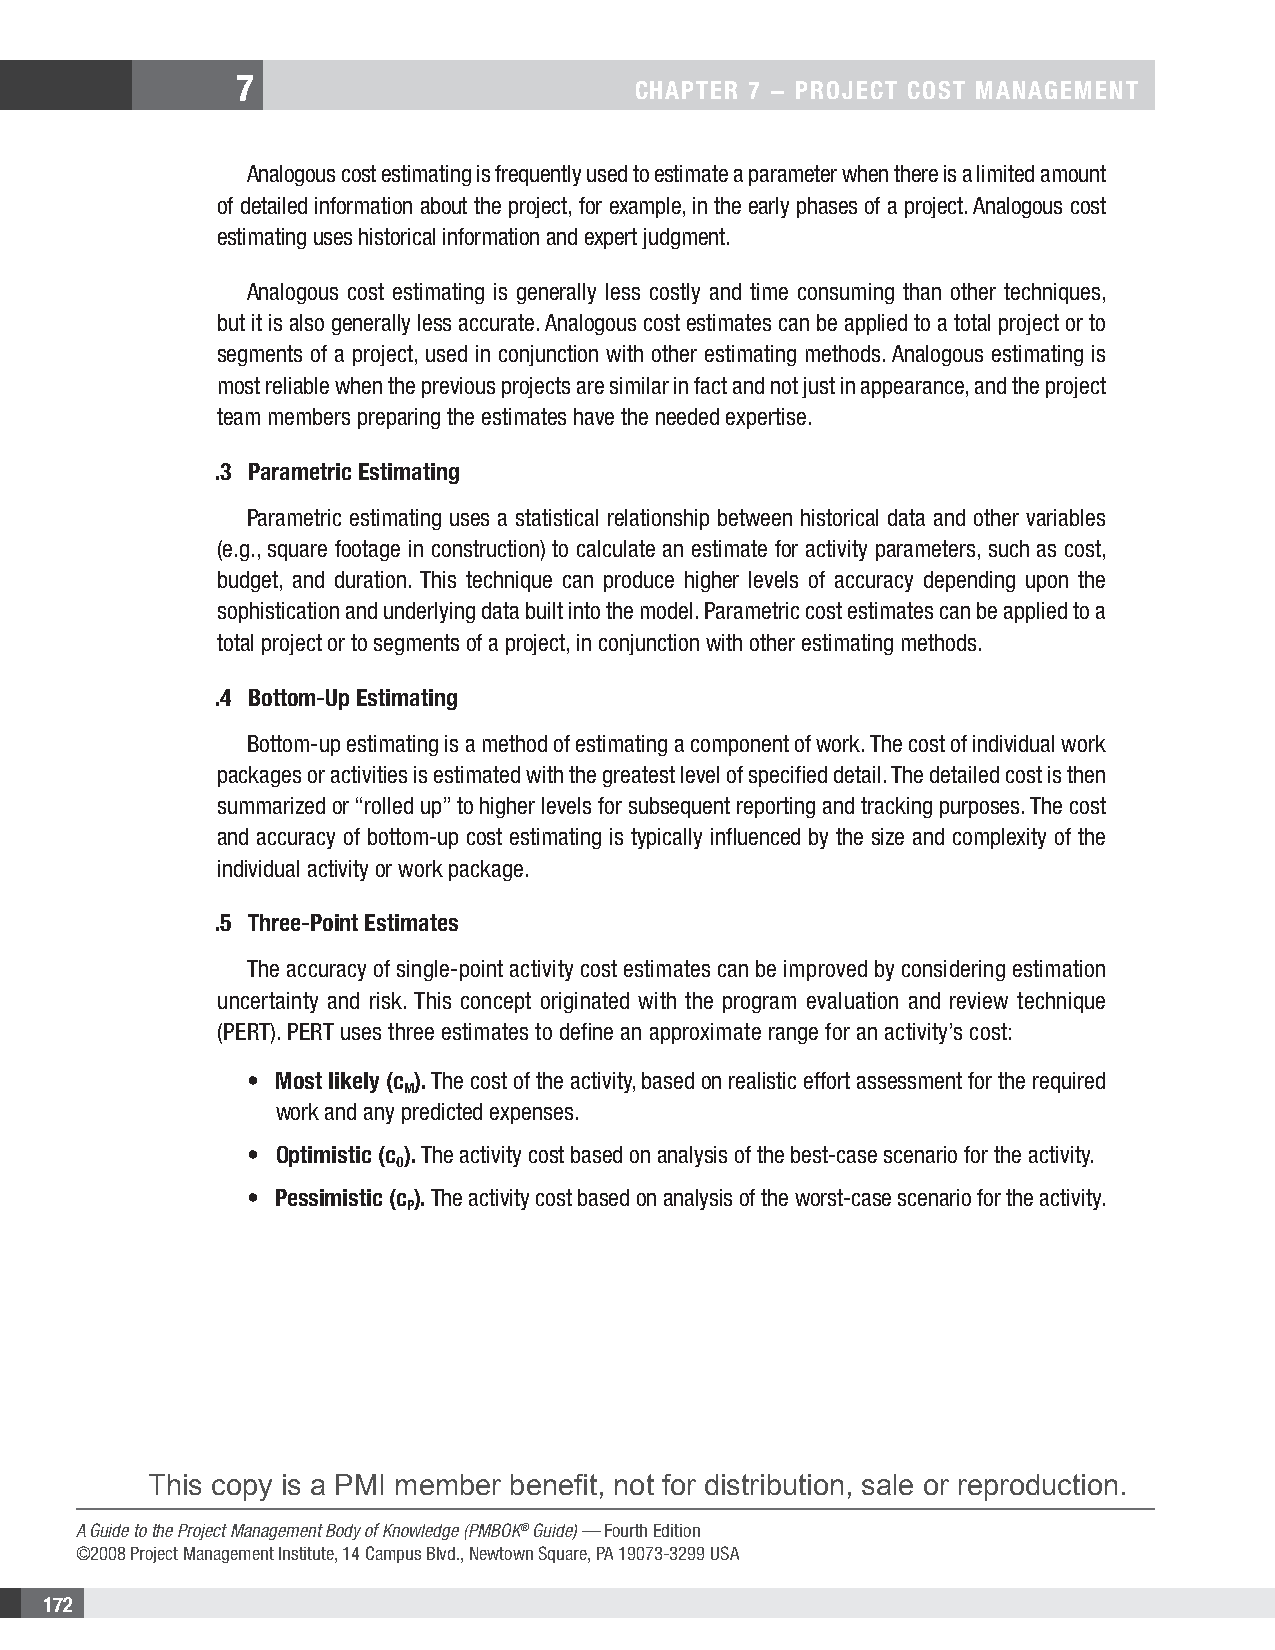
7
 CHAPTER 7 − PROjECT COsT MAnAgEMEnT
 Analogous cost estimating is frequently used to estimate a parameter when there is a limited amount
 of detailed information about the project, for example, in the early phases of a project. Analogous cost
 estimating uses historical information and expert judgment.
 Analogous cost estimating is generally less costly and time consuming than other techniques,
 but it is also generally less accurate. Analogous cost estimates can be applied to a total project or to
 segments of a project, used in conjunction with other estimating methods. Analogous estimating is
 most reliable when the previous projects are similar in fact and not just in appearance, and the project
 team members preparing the estimates have the needed expertise.
 .3 Parametric Estimating
 Parametric estimating uses a statistical relationship between historical data and other variables
 (e.g., square footage in construction) to calculate an estimate for activity parameters, such as cost,
 budget, and duration. This technique can produce higher levels of accuracy depending upon the
 sophistication and underlying data built into the model. Parametric cost estimates can be applied to a
 total project or to segments of a project, in conjunction with other estimating methods.
 .4 Bottom-Up Estimating
 Bottom-up estimating is a method of estimating a component of work. The cost of individual work
 packages or activities is estimated with the greatest level of specified detail. The detailed cost is then
 summarized or “rolled up” to higher levels for subsequent reporting and tracking purposes. The cost
 and accuracy of bottom-up cost estimating is typically influenced by the size and complexity of the
 individual activity or work package.
 .5 Three-Point Estimates
 The accuracy of single-point activity cost estimates can be improved by considering estimation
 uncertainty and risk. This concept originated with the program evaluation and review technique
 (PERT). PERT uses three estimates to define an approximate range for an activity’s cost:
 • Most likely (c ). The cost of the activity, based on realistic effort assessment for the required
 M
 work and any predicted expenses.
 • Optimistic (c ). The activity cost based on analysis of the best-case scenario for the activity.
 O
 • Pessimistic (c ). The activity cost based on analysis of the worst-case scenario for the activity.
 P
 This copy is a PMI member benefit, not for distribution, sale or reproduction.
 A Guide to the Project Management Body of Knowledge (PMBOK® Guide) — Fourth Edition
 ©2008 Project Management Institute, 14 Campus Blvd., Newtown Square, PA 19073-3299 USA
 172